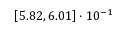
\left[ 5 . 8 2 , 6 . 0 1 \right] \cdot 1 0 ^ { - 1 }